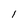
Character: 1